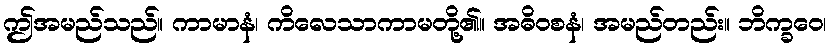
ဤအမည်သည်။ ကာမာနံ၊ ကိလေသာကာမတို့၏။ အဓိဝစနံ၊ အမည်တည်း။ ဘိက္ခဝေ၊